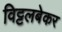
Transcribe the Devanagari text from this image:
विट्टलबेकर